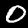
Digit: 0